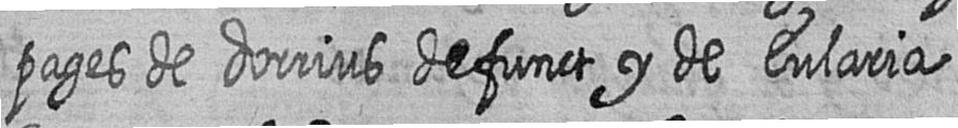
pages de dorrius defunct y de Eularia